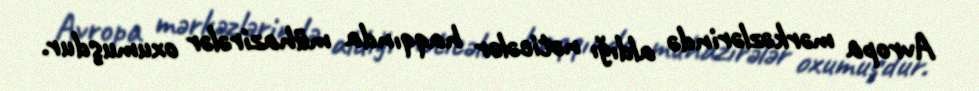
Avropa mərkəzlərində aldığı nəticələr haqqında mühazirələr oxumuşdur.